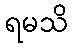
ရမသိ